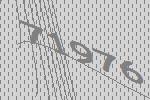
71976